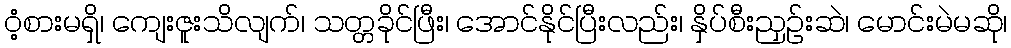
ဝံ့စားမရှိ၊ ကျေးဇူးသိလျက်၊ သတ္တခိုင်ဖြီး၊ အောင်နိုင်ပြီးလည်း၊ နှိပ်စီးညှဉ်းဆဲ၊ မောင်းမဲမဆို၊